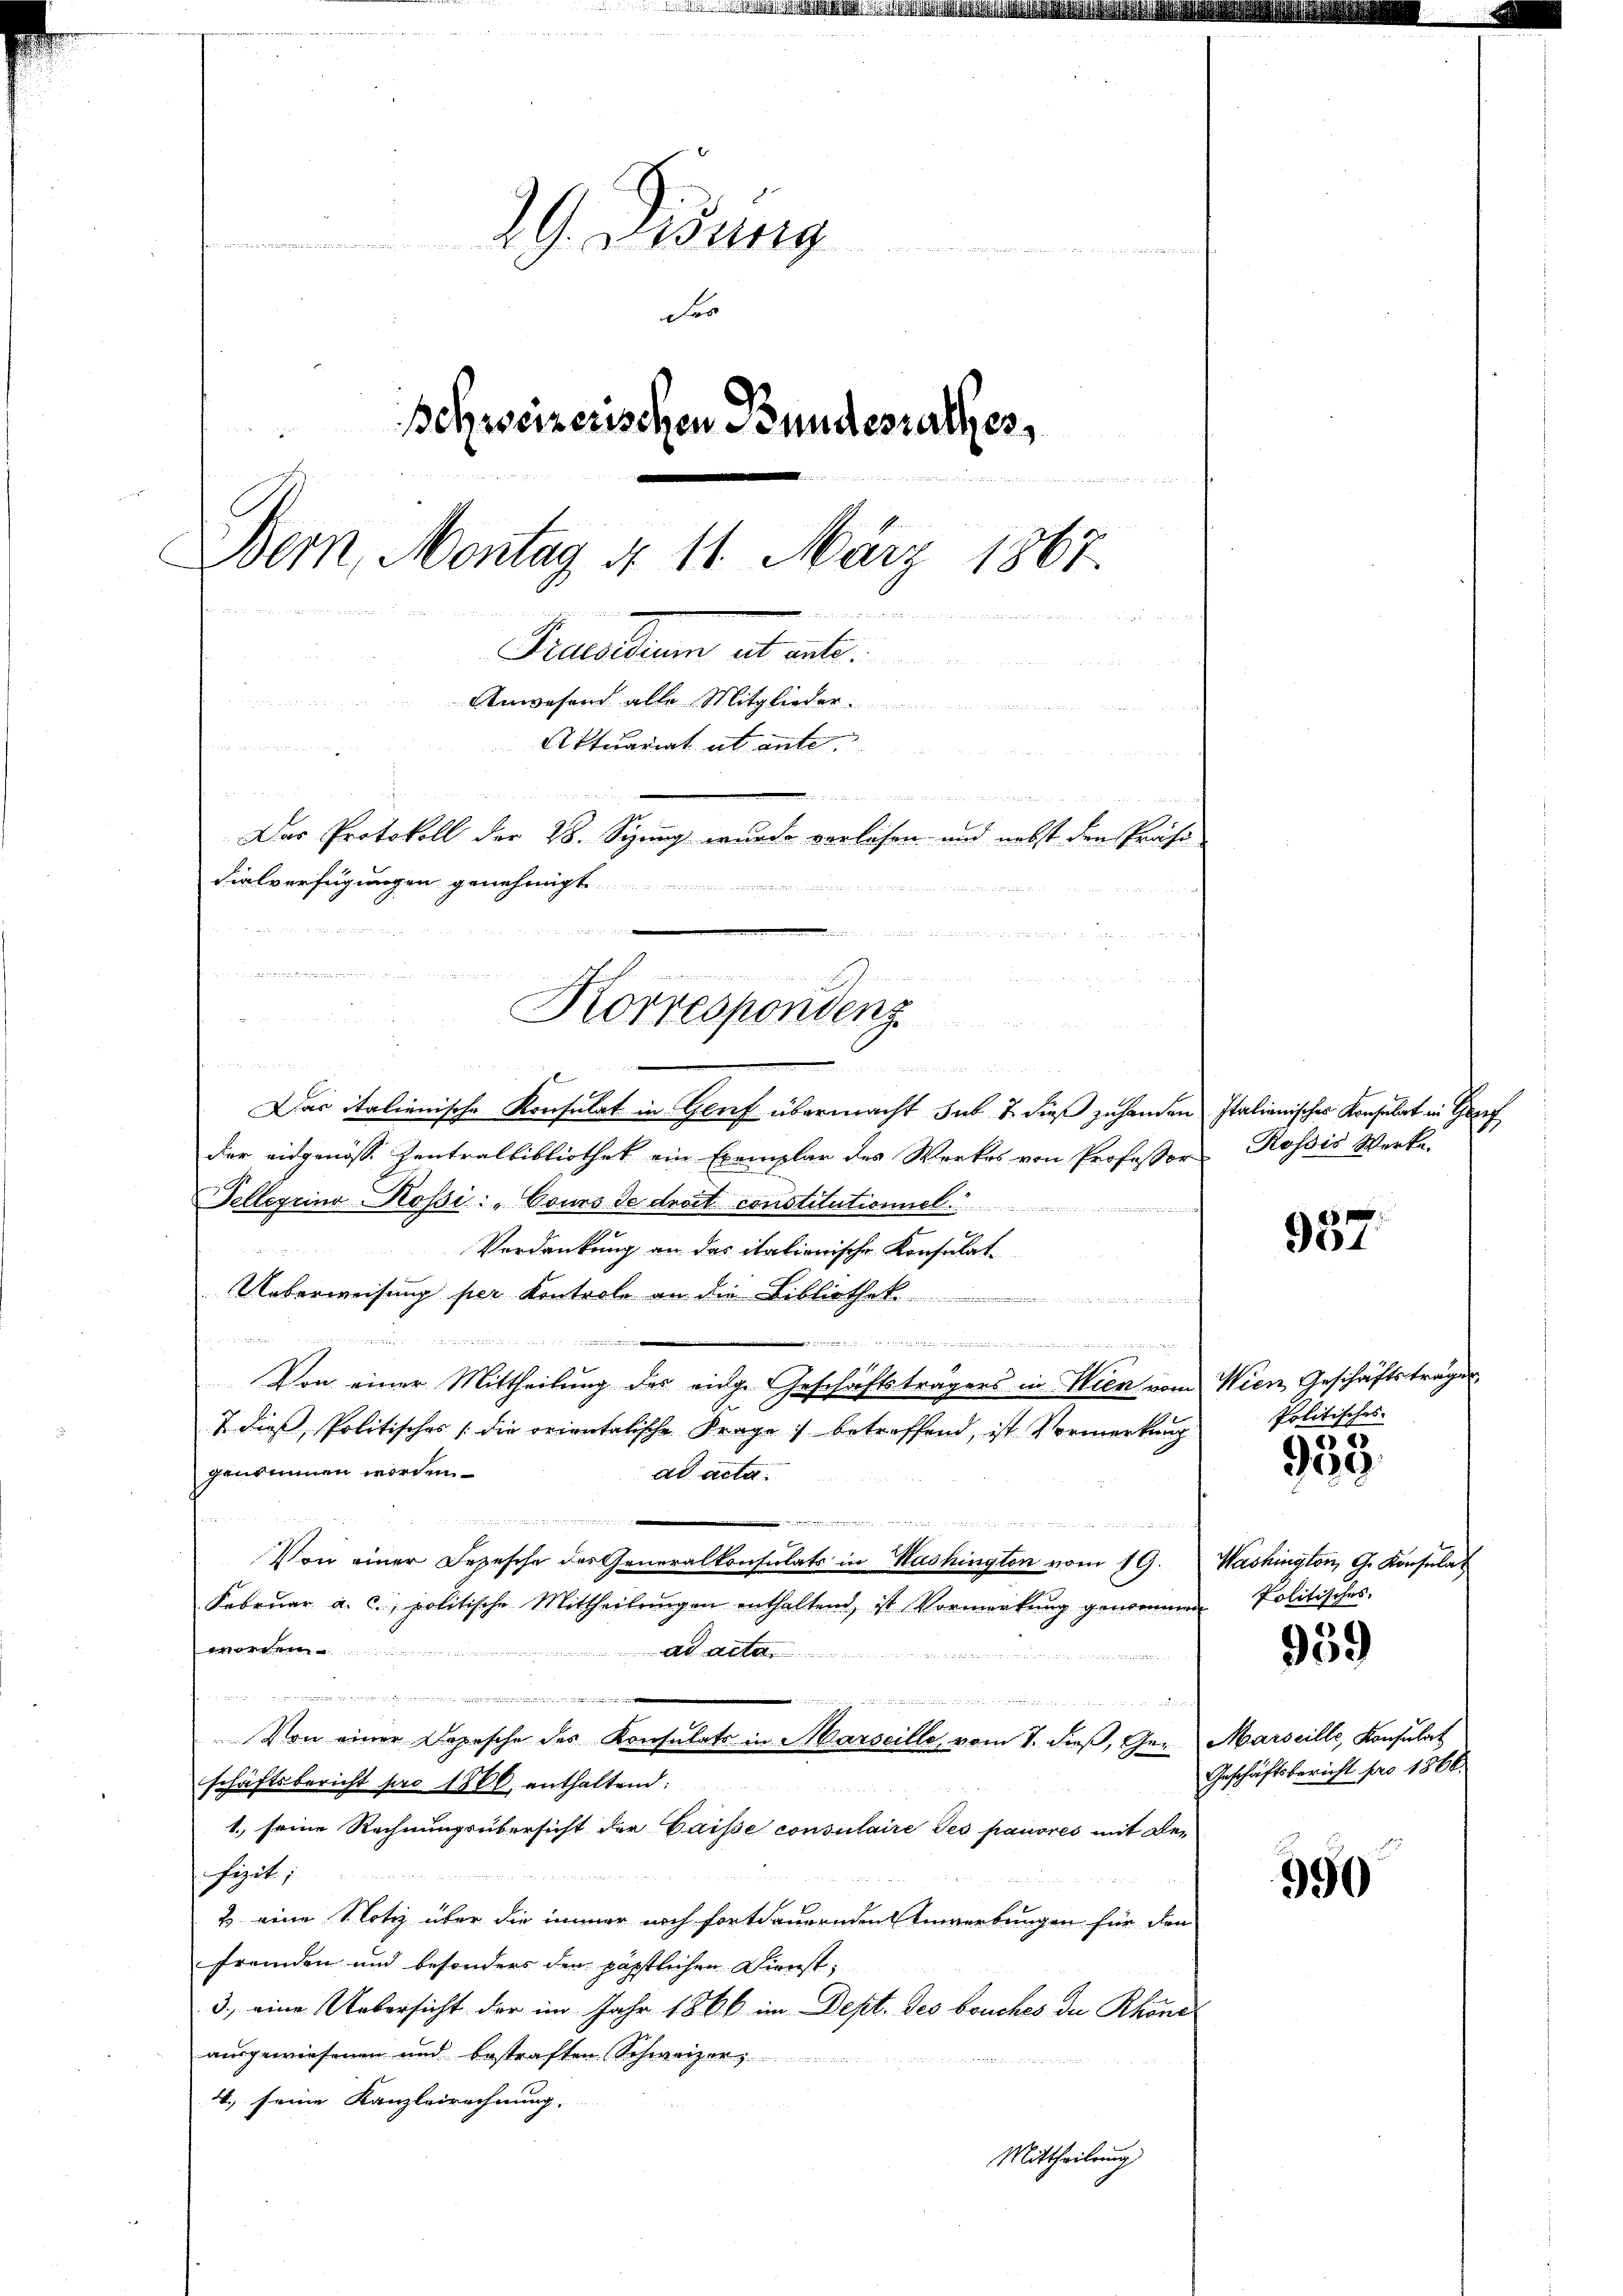
d
29. Disung
u
des
Schweizerischen Bundesrathes

Bern, Montag d. 11. März 1867.
.
Picellen alt al
Anwesen alle Mitglieder
Aktuariat ut ante
n
Der Protokoll der 28. Syung wurde verlesen und nebst den Präsi
dialverfügungen genehmigt.

u

1
Das italienische Konsulat in Genf übermacht sub 7 dieß zuhanden Italienisches Konsulat in Gese
der eidgenöss. Zentralbibliothek ein Exemplar des Werkes von Professor
Tellerrino Rossi: „Cours de droit constitutioniel
Verdankung an das itationische Konsulat
Ueberweisung per Kontrole an die Bibliothek
.
 is sie sie bereit, den der alten weiten den und der der Schule in da die und
Von einer Mittheilung des eidge Geschäftsträgers in Wien vom Wien Geschäftsträger,
& dies Politisches die orientalische Frage betreffend, ist Vormerkung
genommen worden.
ad acta.

Von einer Depesche des Generalkonsulats in Washington vom 19. Washington, G. Konsulat
Febrŭar a. c. politische Mittheilŭngen enthaltend, ist Vormerkŭng genommen Politisches

M

e
 sed der der u. und den den den hat der
i
Von einer Depesche des Konsulats in Marseille vom 7. dieβ, Ger. Marseille, Konsulat
schäftsbericht pro 1866 enthaltend:
1. seine Rechnungsübersicht der Gaisse consulaire des pauvres mit De¬
Heget,
d der den der
2 eine Notiz über die immer noch fortdauernden Anwerbungen für den
fremden und besonders den päpstlichen Dienst,
3.) eine Uebersicht der im Jahr 1866 im Dept. des bruches die Rhone
ausgewiesenen und bestraften Schweizer

4. seine Kanzleirechnung.
Mittheilung

5

ich den haben an eine anden immen
.
.
Korrespondenz

d

957.

Rössis Werke

Politisches

5
958.

959

Geschäftsbericht pro 1868.

990